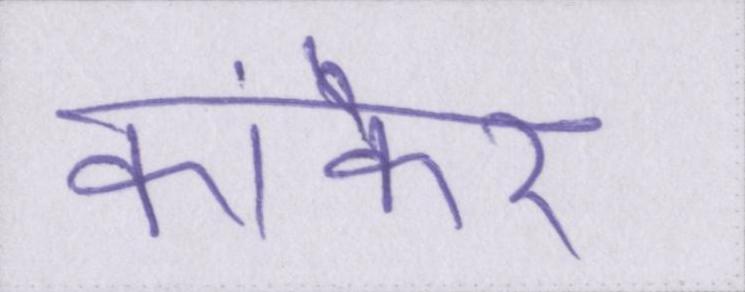
कांकेर